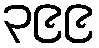
၃၉၉